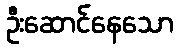
ဦးဆောင်နေသော